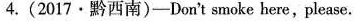
4.(2017·黔西南)-Don't smoke here,please.